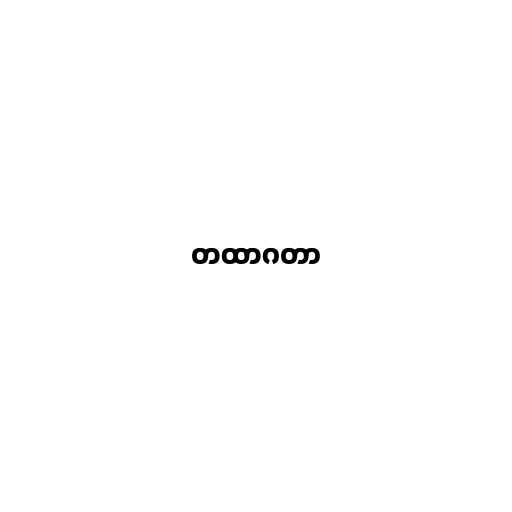
တထာဂတာ